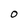
Character: 0